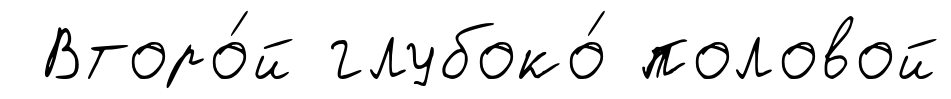
Второ́й глубоко́ половой